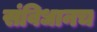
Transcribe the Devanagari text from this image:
संविधानच